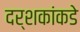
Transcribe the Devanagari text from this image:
दर्शकांकडे